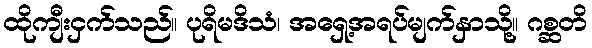
ထိုကျီးငှက်သည်။ ပုရိမဒိသံ၊ အရှေ့အရပ်မျက်နှာသို့။ ဂစ္ဆတိ